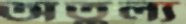
অতুল্য